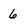
Character: 6